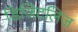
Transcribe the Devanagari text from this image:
डिजिटलिज